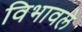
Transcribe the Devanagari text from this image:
विभावले